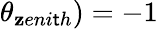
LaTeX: \theta_{\mathbf{z}eni\mathsf{t}h})=-1